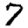
Digit: 7